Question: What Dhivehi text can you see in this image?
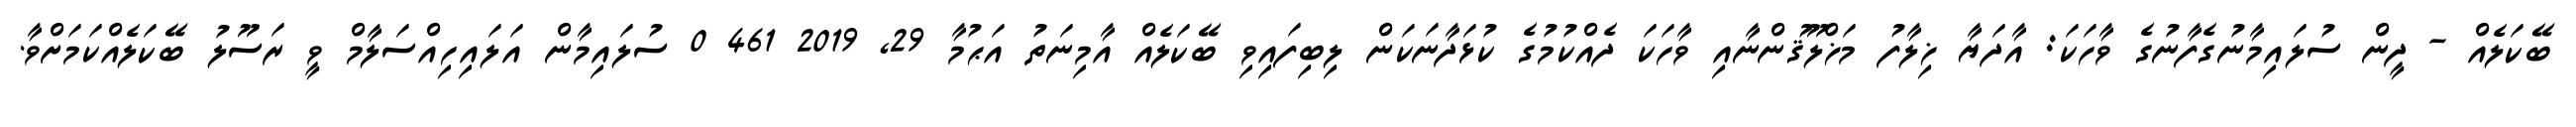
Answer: ބޭކަލެއް - ދީން ސުލައިމާނުގެފާނުގެ ވާހަކަ: އާދަޔާ ޚިލާފު މަޚްލޫޤުންނާއި ވާހަކަ ދެއްކުމުގެ ކުޅަދާނަކަން ލިބިފައިވި ބޭކަލެއް އާމިނަތު އަޙުމާ 29, 2019 461 0 ސުލައިމާން އަލައިހިއްސަލާމް ވީ ރަސޫލު ބޭކަލެއްކަމަށްވާ.